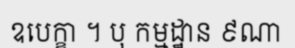
ឧបេក្ខា ។ បុ កម្មដ្ឋាន ៩ណា